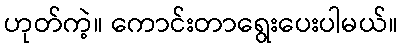
ဟုတ်ကဲ့။ ကောင်းတာရွေးပေးပါမယ်။